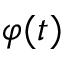
\varphi ( t )